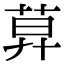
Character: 𦱤